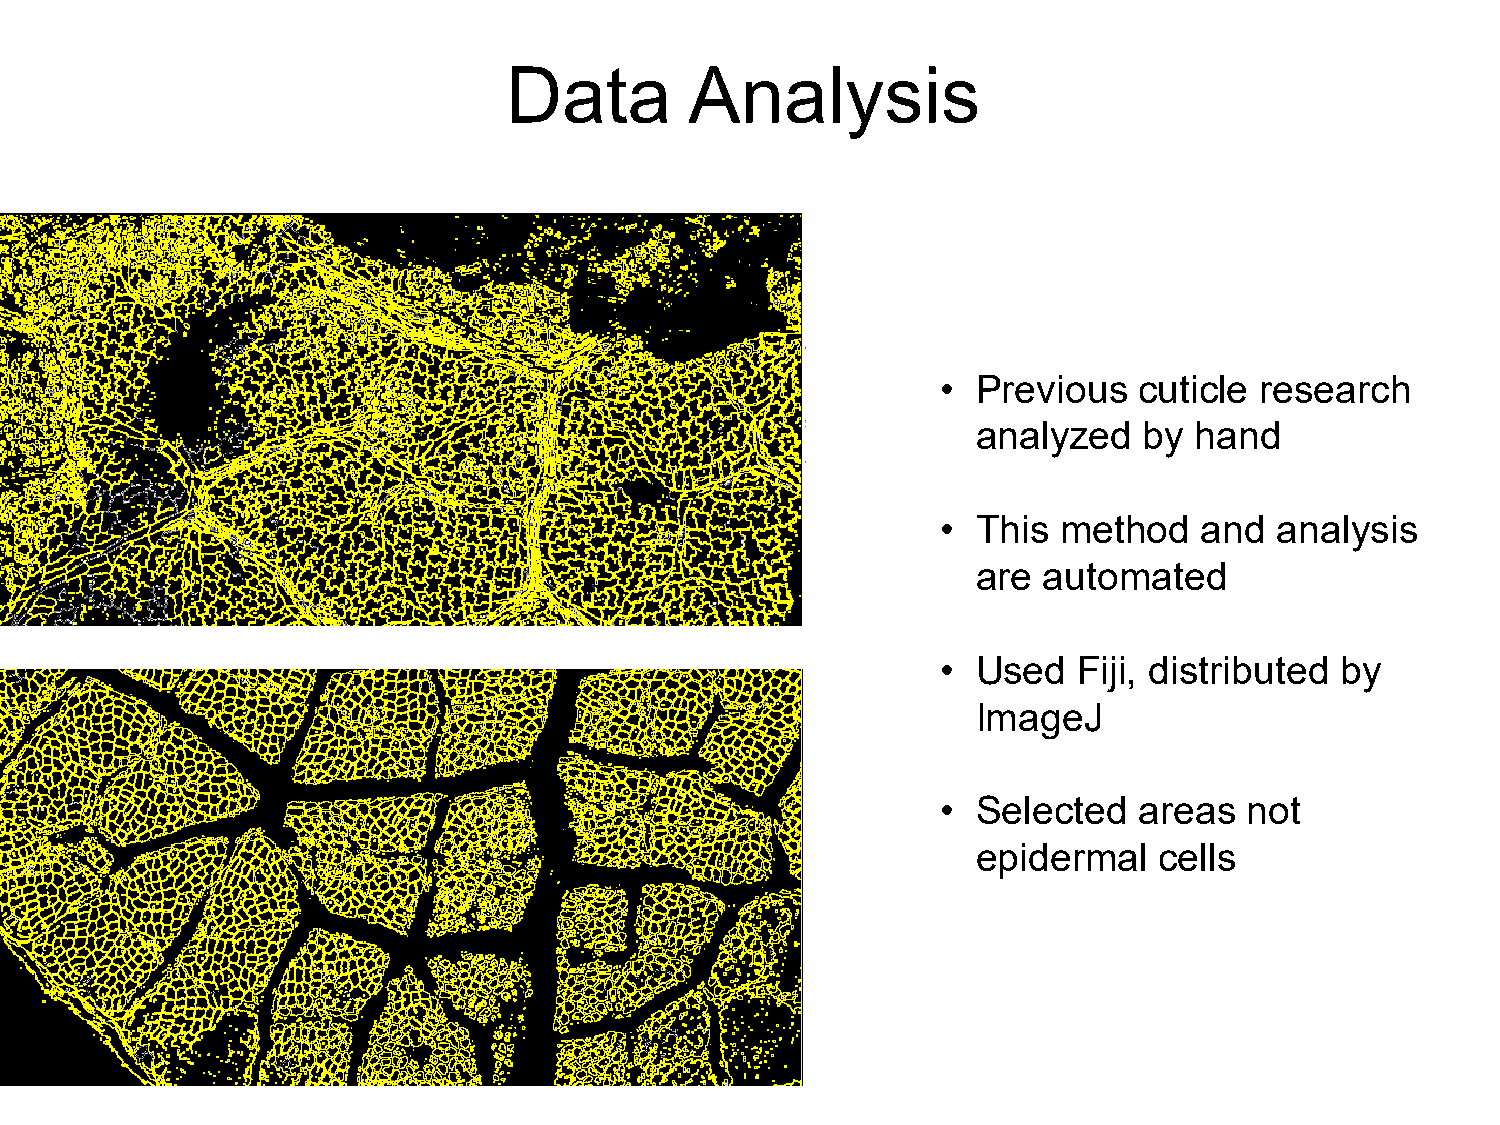
Data         Analysis
 •  Previous  cuticle research
 analyzed   by hand
 •  This method    and  analysis
 are automated
 •  Used  Fiji, distributed by
 ImageJ
 •  Selected  areas   not
 epidermal   cells